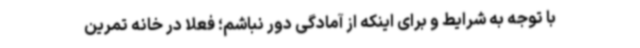
با توجه به شرایط و برای اینکه از آمادگی دور نباشم؛ فعلاً در خانه تمرین